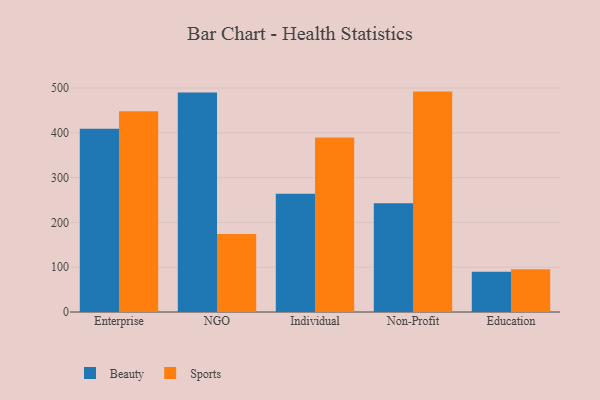
{"axis": {"x": "Segment", "y": "Satisfaction Score"}, "legend": ["Beauty", "Sports"], "data": [{"x": "Enterprise", "y": 409.1, "type": "Beauty"}, {"x": "Enterprise", "y": 448.1, "type": "Sports"}, {"x": "NGO", "y": 490.2, "type": "Beauty"}, {"x": "NGO", "y": 174.0, "type": "Sports"}, {"x": "Individual", "y": 263.7, "type": "Beauty"}, {"x": "Individual", "y": 389.4, "type": "Sports"}, {"x": "Non-Profit", "y": 242.6, "type": "Beauty"}, {"x": "Non-Profit", "y": 492.0, "type": "Sports"}, {"x": "Education", "y": 89.7, "type": "Beauty"}, {"x": "Education", "y": 95.4, "type": "Sports"}]}